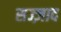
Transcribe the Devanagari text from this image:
सज्ज़ाद